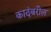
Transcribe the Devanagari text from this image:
कादंबरील